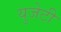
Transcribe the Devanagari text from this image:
युजेटी